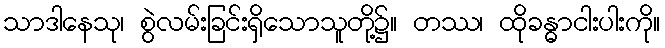
သာဒါနေသု၊ စွဲလမ်းခြင်းရှိသောသူတို့၌။ တဿ၊ ထိုခန္ဓာငါးပါးကို။